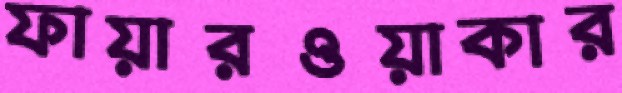
ফায়ারওয়াকার